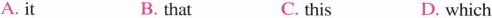
A. it B. that C. this D. which